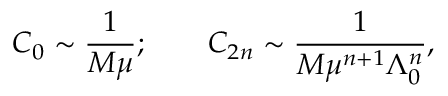
C _ { 0 } \sim \frac { 1 } { M \mu } ; \qquad C _ { 2 n } \sim \frac { 1 } { M \mu ^ { n + 1 } \Lambda _ { 0 } ^ { n } } ,